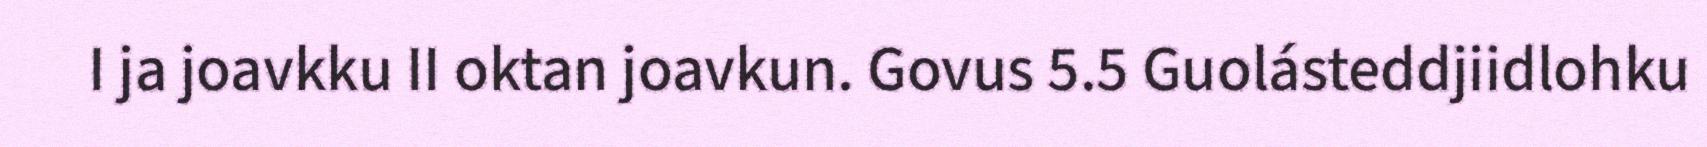
I ja joavkku II oktan joavkun. Govus 5.5 Guolásteddjiidlohku